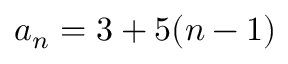
a _ { n } = 3 + 5 ( n - 1 )